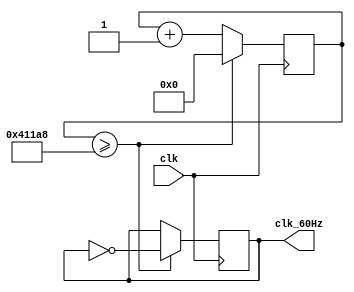
`timescale 1ns / 1ps
//////////////////////////////////////////////////////////////////////////////////
// Company: 
// Engineer: 
// 
// Design Name: 
// Module Name: clk_counter
// Project Name: 
// Target Devices: 
// Tool Versions: 
// Description: 
// 
// Dependencies: 
// 
// Revision:
// Revision 0.01 - File Created
// Additional Comments:
// 
//////////////////////////////////////////////////////////////////////////////////


module clk_counter(
    input clk,         // 1 MHz input clock
    output reg clk_60Hz // 60 Hz output clock
);
    // Using a 32-bit counter for large count values
    reg [20:0] counter;


    always @(posedge clk) begin
        if (counter >= 266664) begin //
            clk_60Hz <= ~clk_60Hz;
            counter <= 0;
        end else begin
            counter <= counter + 1;
        end
    end

endmodule